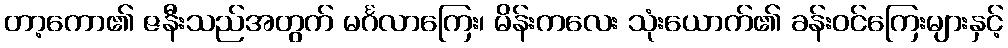
တာ့ကော၏ ဇနီးသည်အတွက် မင်္ဂလာကြေး၊ မိန်းကလေး သုံးယောက်၏ ခန်းဝင်ကြေးများနှင့်